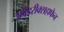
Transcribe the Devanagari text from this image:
फ्रीडरीक्सहाफेन